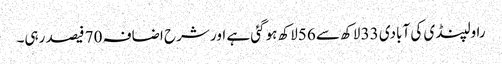
راولپنڈی کی آبادی 33 لاکھ سے 56لاکھ ہوگئی ہے اور شرح اضافہ 70 فیصد رہی۔